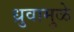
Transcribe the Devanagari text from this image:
ध्रुवामुळे